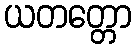
ယတတ္တော